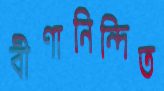
বীণানিন্দিত